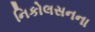
નિકોલસનના